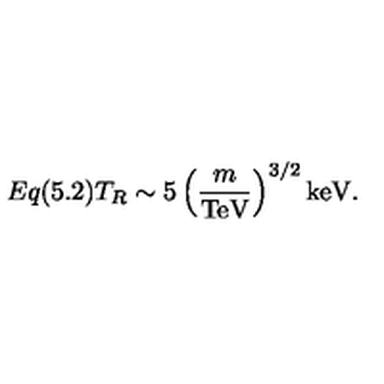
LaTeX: E q ( 5 . 2 ) T _ { R } \sim 5 \left( \frac { m } { \mathrm { T e V } } \right) ^ { 3 / 2 } \mathrm { k e V } .